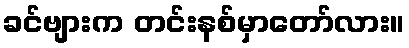
ခင်ဗျားက တင်းနစ်မှာတော်လား။